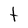
Character: t